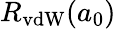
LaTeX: R_{\mathrm{vdW}}(a_{0})